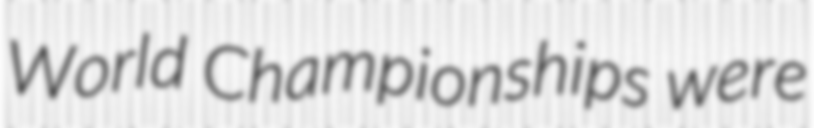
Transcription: World Championships were